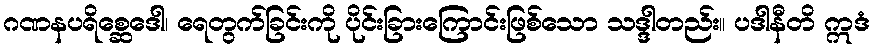
ဂဏနပရိစ္ဆေဒေါ၊ ရေတွက်ခြင်းကို ပိုင်းခြားကြောင်းဖြစ်သော သဒ္ဒါတည်း။ ပဒါနီတိ ဣဒံ